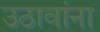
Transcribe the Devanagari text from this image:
उठावांना